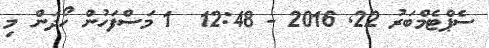
ސެޕްޓެމްބަރު 22